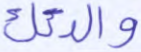
والدتك